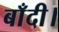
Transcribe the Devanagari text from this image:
बाँदी।